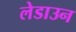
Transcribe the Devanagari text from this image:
लेडाउन